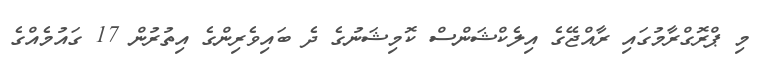
މި ޕްރޮގްރާމުގައި ރާއްޖޭގެ އިލެކްޝަންސް ކޮމިޝަނުގެ ދެ ބައިވެރިންގެ އިތުރުން 17 ގައުމެއްގެ